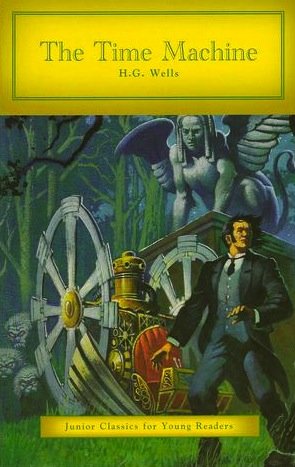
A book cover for Time Machine (Junior Classics For Young Readers); Science Fiction & Fantasy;